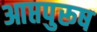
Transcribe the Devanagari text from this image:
आप्तपुरूष